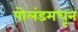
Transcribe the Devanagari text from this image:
पोलंडमधून